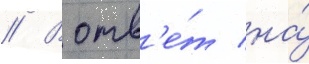
// В отв'е́т на́